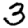
Digit: 3